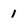
Character: 1